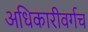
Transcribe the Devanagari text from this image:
अधिकारीवर्गच